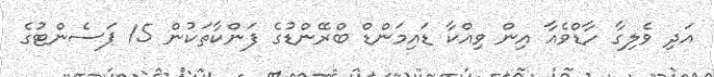
އަދި ވެލިގާ ހާޑްވެއާ އިން ވިއްކާ ޑައިމަންޑް ބްރޭންޑުގެ ފަންކާތަކުން 15 ޕަސެންޓުގެ